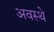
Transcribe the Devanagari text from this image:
अवस्थे